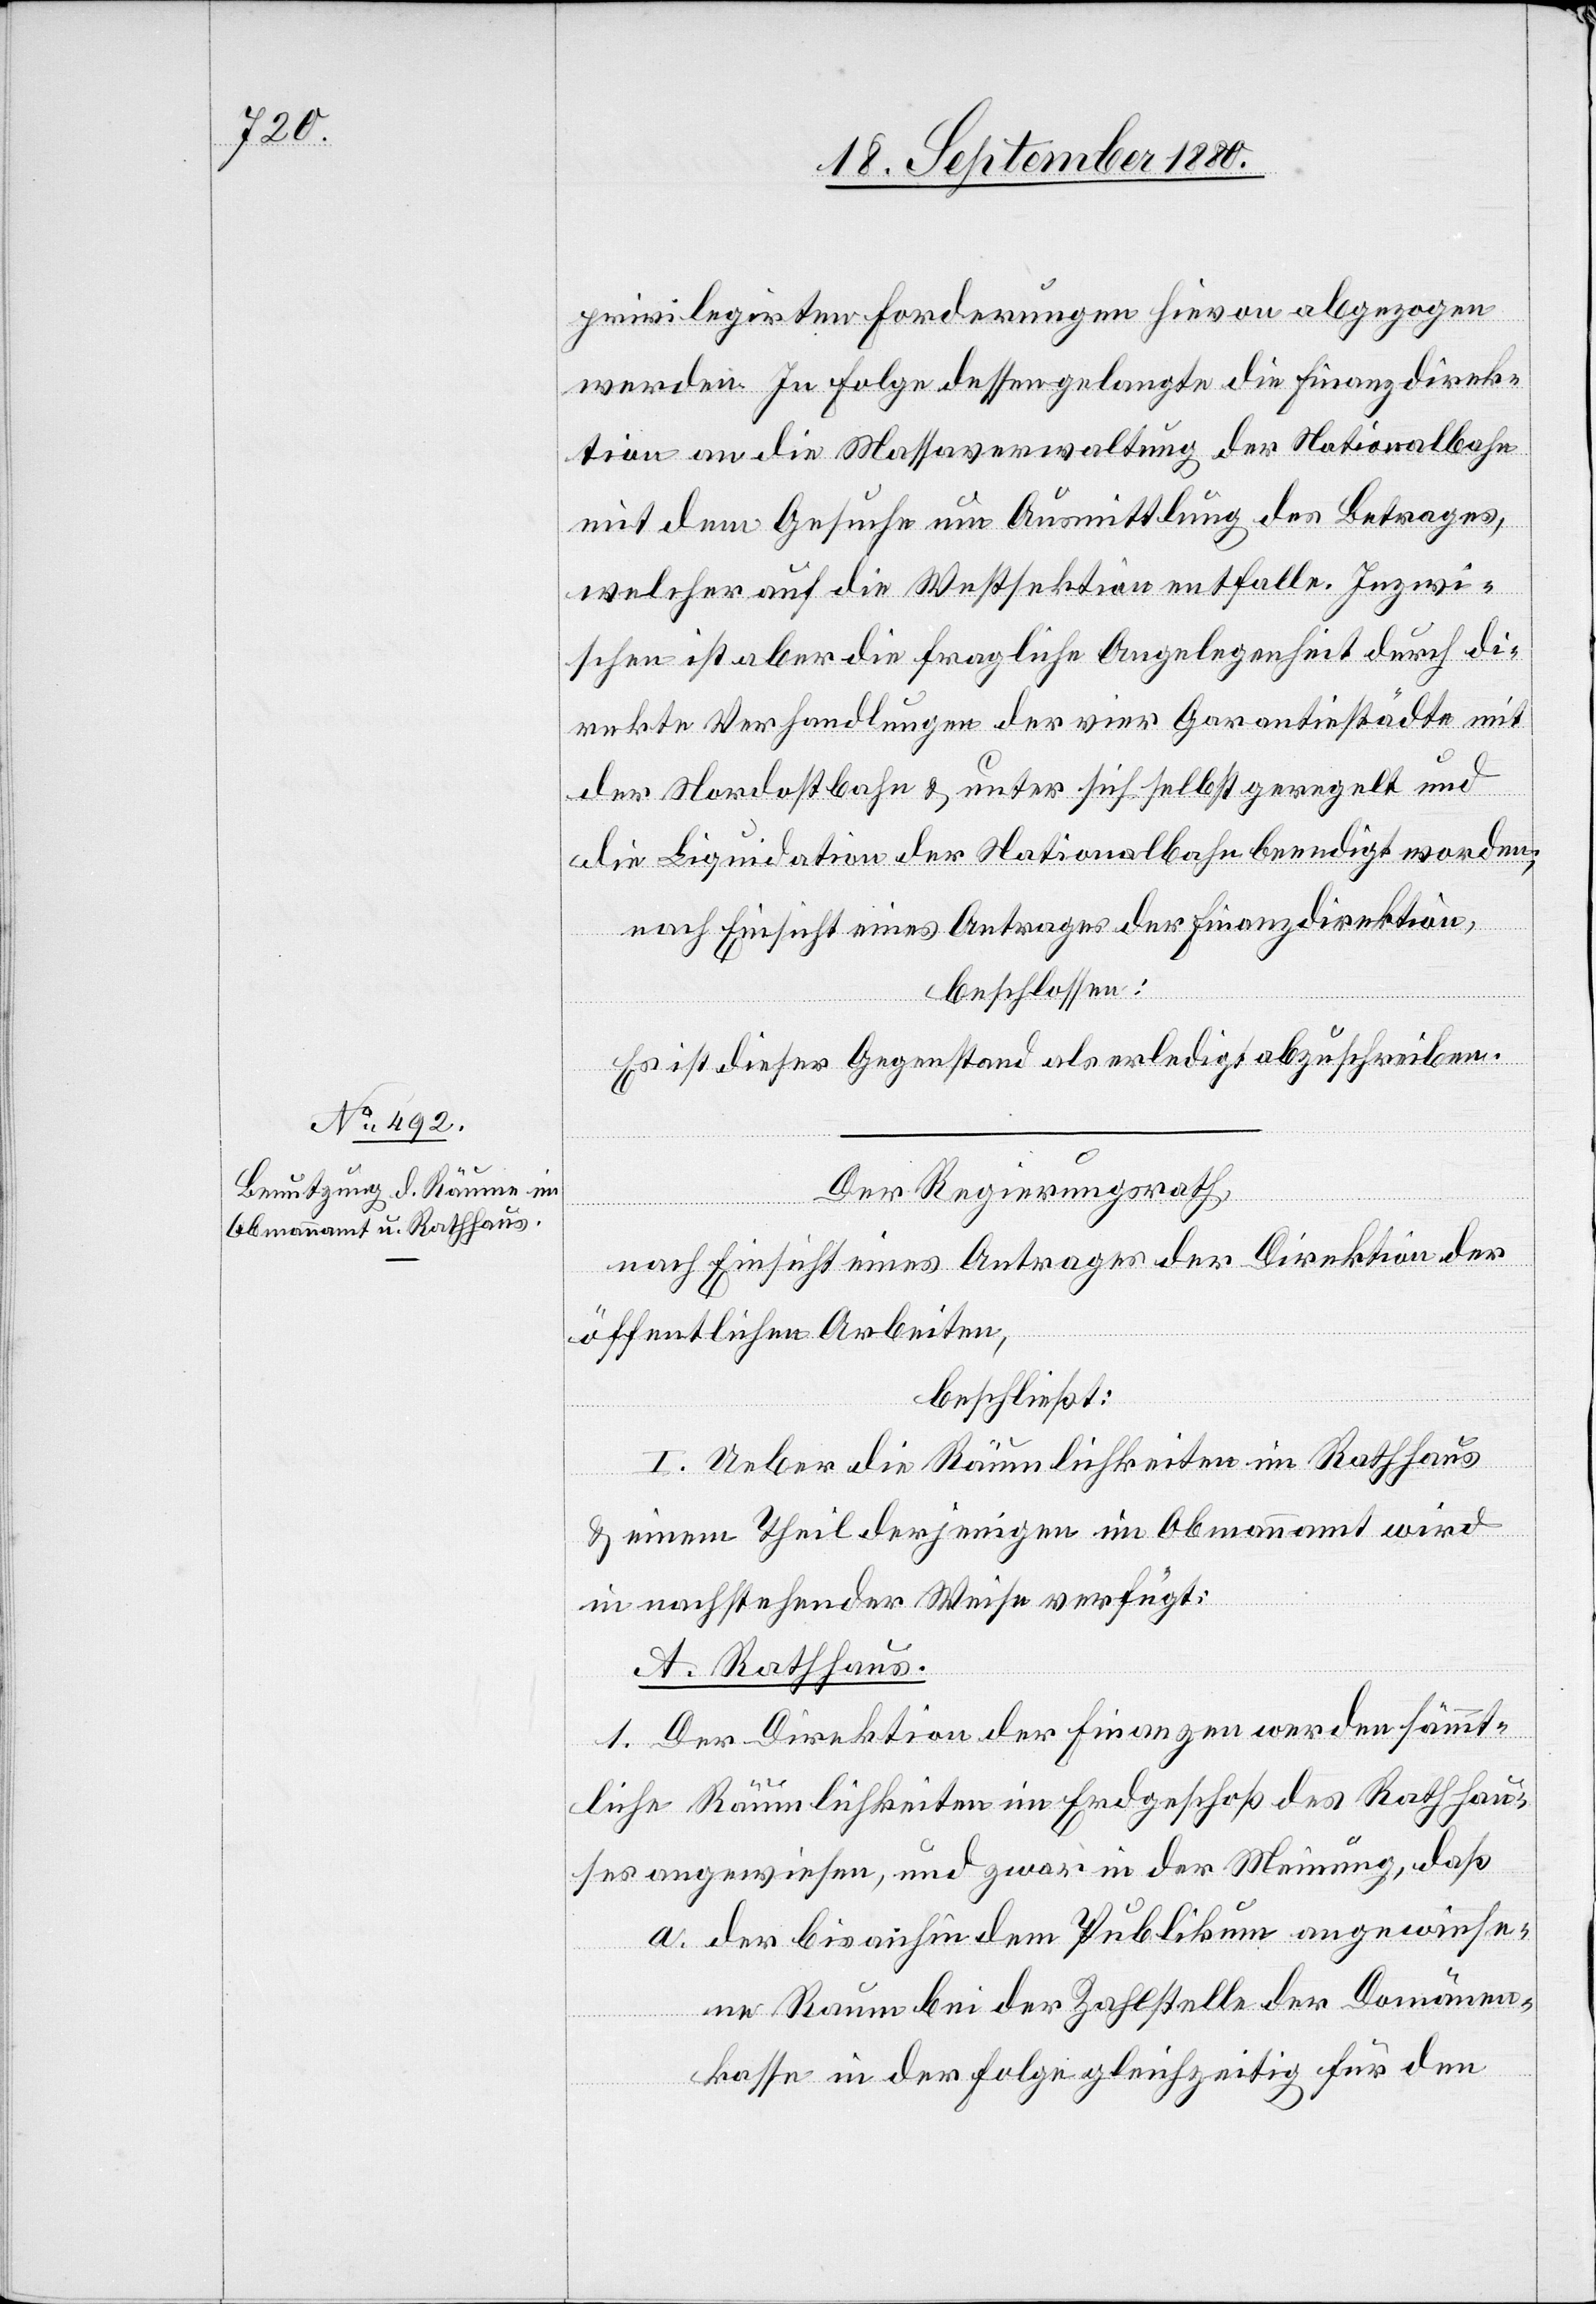
privilegirten Forderungen hievon abgezogen
werden. In Folge dessen gelangte die Finanzdirek¬
tion an die Massaverwaltung der Nationalbahn
mit dem Gesuche um Ausmittlung des Betrages,
welcher auf die Westsektion entfalle. Inzwi¬
schen ist aber die fragliche Angelegenheit durch di¬
rekte Verhandlungen der vier Garantiestädte mit
der Nordostbahn & unter sich selbst geregelt und
die Liquidation der Nationalbahn beendigt worden;
nach Einsicht eines Antrages der Finanzdirektion,
beschlossen:
Es ist dieser Gegenstand als erledigt abzuschreiben.
Der Regierungsrath,
nach Einsicht eines Antrages der Direktion der
öffentlichen Arbeiten,
beschließt:
I. Ueber die Räumlichkeiten im Rathaus
& einen Theil derjenigen im Obmannamt wird
in nachstehender Weise verfügt:
A. Rathaus:
1. Der Direktion der Finanzen werden sämmt¬
liche Räumlichkeiten im Erdgeschoß des Rathhau¬
ses angewiesen, und zwar in der Meinung, daß
a. der bis anhin dem Publikum angewiese¬
ne Raum bei der Zahlstelle der Domänen¬
kasse in der Folge gleichzeitig für den